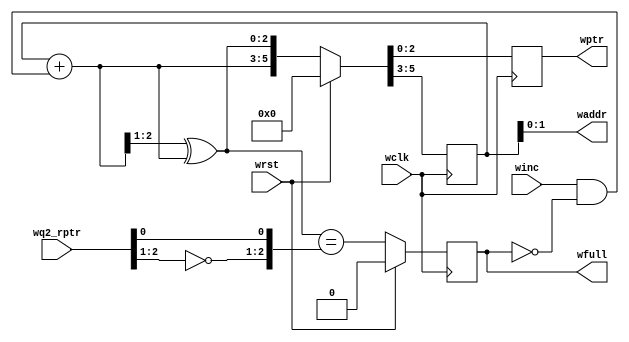
module wptr_full_1 #(
    parameter ADDRSIZE = 2
) (
    output reg wfull,
    output wire [ADDRSIZE-1:0] waddr,
    output reg [ADDRSIZE :0] wptr,
    input wire [ADDRSIZE :0] wq2_rptr,
    input wire winc, wclk, wrst
);
reg [ADDRSIZE:0] wbin;
wire [ADDRSIZE:0] wgraynext, wbinnext;
always @(posedge wclk)
    if (wrst) {wbin, wptr} <= 0;
    else {wbin, wptr} <= {wbinnext, wgraynext};
assign waddr = wbin[ADDRSIZE-1:0];
assign wbinnext = wbin + (winc & ~wfull);
assign wgraynext = (wbinnext>>1) ^ wbinnext;
wire wfull_val;
assign wfull_val = (wgraynext=={~wq2_rptr[ADDRSIZE:ADDRSIZE-1], wq2_rptr[ADDRSIZE-2:0]});
always @(posedge wclk)
    if (wrst) wfull <= 1'b0;
    else wfull <= wfull_val;
endmodule